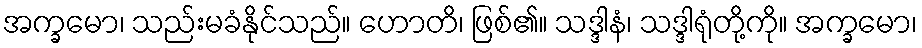
အက္ခမော၊ သည်းမခံနိုင်သည်။ ဟောတိ၊ ဖြစ်၏။ သဒ္ဒါနံ၊ သဒ္ဒါရုံတို့ကို။ အက္ခမော၊